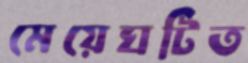
মেয়েঘটিত